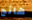
هائج